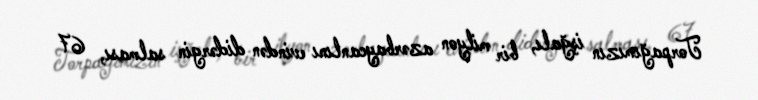
Torpağımızın işğalı, bir milyon azərbaycanlını evindən didərgin salması, 67